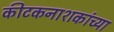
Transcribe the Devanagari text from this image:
कीटकनाशकांच्या